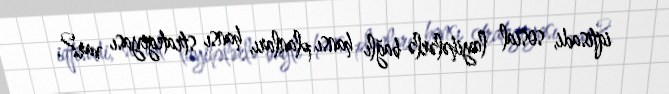
iqtisadi, sosial layihələrlə bağlı hansı planları, hansı strategiyası var?.